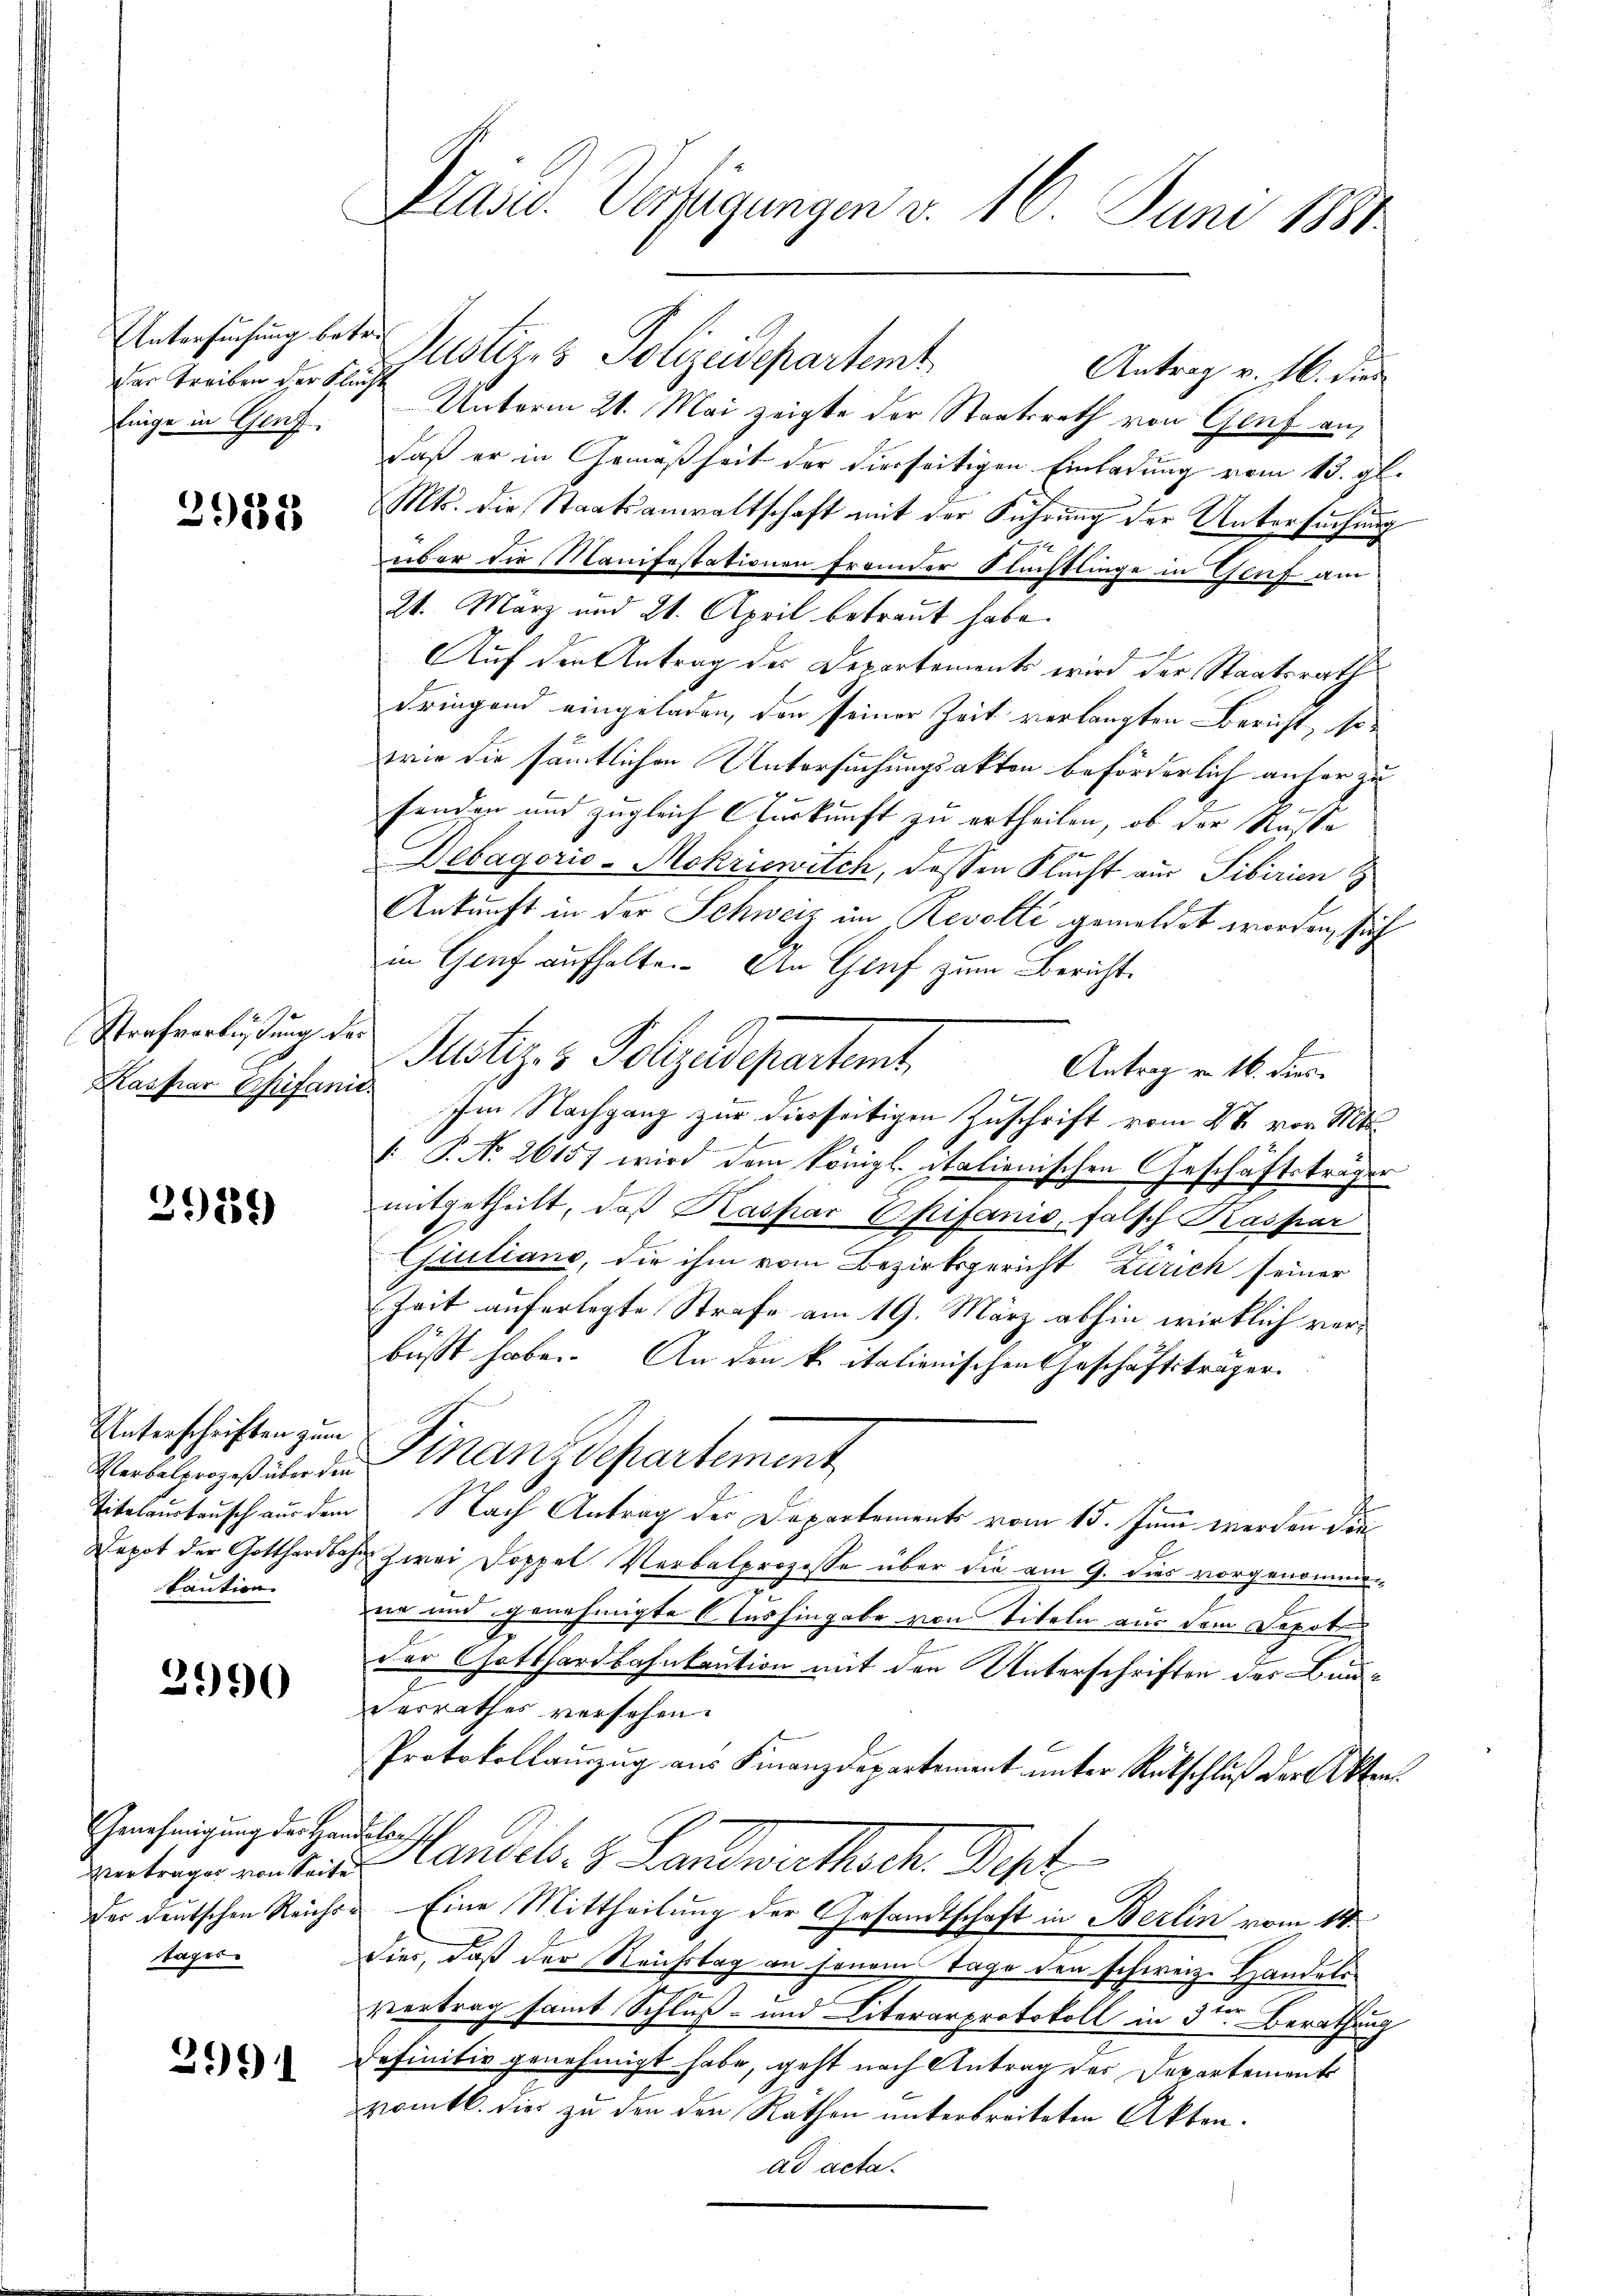
Untersuchung betr.
das Treiben der Flucht
finge in Genf.

2958

Strafverbüßung des
c
Kaspar Chifanit

29259

Unterschriften zum
Verbalprozeß über den
Titalaustausch aus dem
Depot der Gotthardbah
taution.

3990

Genehmigung der Han¬
Vertrages von Seite
tages

2991

Präsid. Verfügungen v. 16. Juni 1881

Justiz- & Polizeisepartemt
Antrag v. 16. die
Unterm 21. Mai zeigte der Staatsrath von Genf an,
daß er in Gemäßheit der hierseitigen Einladung vom 15. gl.
Mts. die Staatsanwaltschaft mit der Führung der Untersuchung
4
über die Manifestationen fremder Flüchtlinge in Genf am
21. März und 21. April betraut habe.
2
Auf den Antrag des Departements wird der Staatsrath
dringend eingeladen, den seiner Zeit verlangten Bericht, so
wie die sämtlichen Untersuchungsakten beförderlich anher zu
fenden und zugleich urkunft zu ertheilen, ob der Russe
u
Debagorio-Mokriswilch, dessen Flecht aus Tibirien
Ankunft in der Schweiz im Revolli gemeldet worden, sich
in Genf aufhalte. An Genf zum Bericht.
A
Justiz & Polzedepartemt,
Antrag von 16. dies
Im Nachgang zur diesseitigen Zuschrift vom 27 vor Mts.
: P. No. 26157 wird dem Königl. italienischen Geschäftsträger
mitgetheilt, daß Kaspar Skifanio, falsch Kaspar
Giulians, die ihm vom Bezirksgericht Zürich seiner
Zeit auferlegte Strafe am 19. März abhin wirklich verbüßt habe. An den k. italienischen Geschäftsträger
Finanzdepartement
Nach Antrag der Departements vom 15. Juni werden die
 zwei Doppel Verbalprozesse über die am 9. dies vorgenommen
ne und genehmigte Aushingabe von Titeln aus dem Depot
der Gotthardbahnkaution mit den Unterschriften des Bundesrathes versehen.
Protokollaŭzŭg aŭs Finanzdepartement ŭnter Rückschluß der Akten
cellen
Handels. z. Landwirthsche Sept
der deutschen Reicher Eine Mittheilung der Gesandtschaft in Berlin vom 14.
dies, daß der Reichstag an jenem Tage den schweiz. Handels¬
Vertrag samt Schluß- und Literarprotokoll in den Berathung
definitiv genehmigt habe, geht nach Antrag des Departement
vomtl. dies zu den den Räthen unterbreiteten Akten.